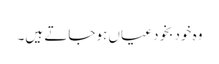
وہ خود بخود عیاں ہوجاتے ہیں۔